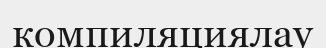
компиляциялау